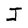
Character: J